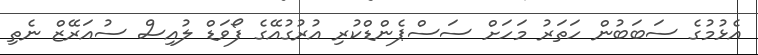
އެޅުމުގެ ސަބަބުން ހަތަރު މަހަށް ސަސްޕެންޑްކުރި އުރުގުއޭގެ ފޯވަޑް ލުއިސް ސުއަރޭޒް ނެތި